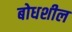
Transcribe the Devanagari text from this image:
बोधशील